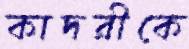
কাদরীকে